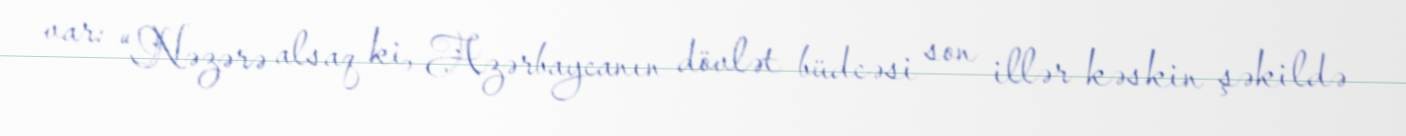
var: “Nəzərə alsaq ki, Azərbaycanın dövlət büdcəsi son illər kəskin şəkildə